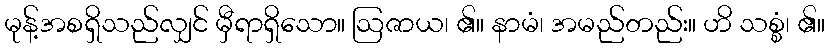
မုန့်အစရှိသည်လျှင် မှီရာရှိသော။ ဩဇာယ၊ ၏။ နာမံ၊ အမည်တည်း။ ဟိ သစ္စံ၊ ၏။